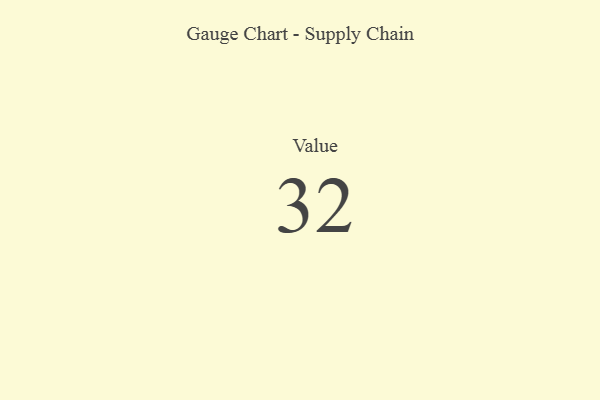
{"axis": {"x": "Metric", "y": "Value"}, "legend": [""], "data": [{"x": "Value", "y": 32, "type": ""}]}